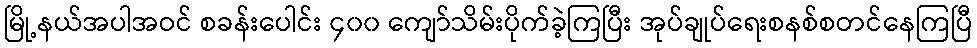
မြို့နယ်အပါအဝင် စခန်းပေါင်း ၄၀၀ ကျော်သိမ်းပိုက်ခဲ့ကြပြီး အုပ်ချုပ်ရေးစနစ်စတင်နေကြပြီ